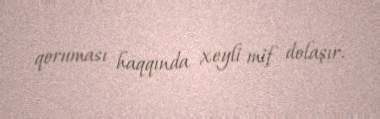
qoruması haqqında xeyli mif dolaşır.